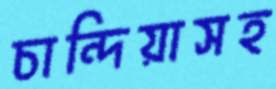
চান্দিয়াসহ